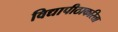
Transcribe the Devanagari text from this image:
विद्यापीठाकरिता